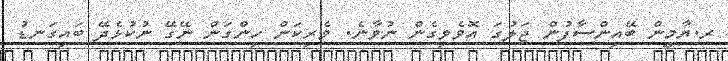
ރ.ޔާމީން ބޭއިންސާފުން ޖަލުގަ އޮވެވިގެން ނުވާނެ. ވެރިކަން ހިންގަން ނޭގޭ ނުކުޅެދޭ ބައިގަނޑު